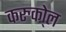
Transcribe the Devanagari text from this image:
करुको्ल